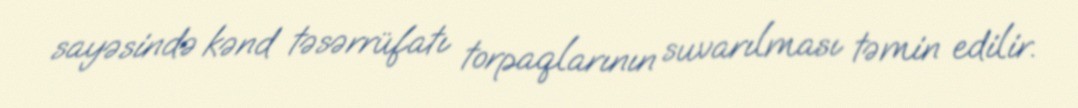
sayəsində kənd təsərrüfatı torpaqlarının suvarılması təmin edilir.